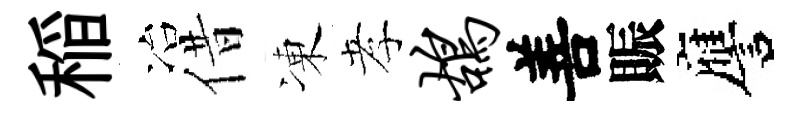
稲冶借凍孝鸪善賑譍